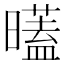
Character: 𣋞